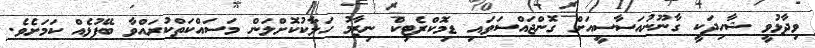
ވިދާޅުވީ ޝާހިދަކީ ގާނޫނުއަސާސީއަށް ގޮންޖައްސަވައި ޑިމޮކްރެޓިކް ނިޒާމު ހަލާކުކޮށްލަން މަސައްކަތްކުރައްވާ ބޭފުޅެއް ކަމަށެވެ.